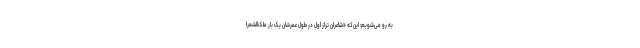
به رو می‌شویم: این‌که «شاعران تراز اول در طول عمرشان یک بار ملک‌الشعرا